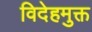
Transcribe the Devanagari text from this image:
विदेहमुक्त